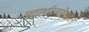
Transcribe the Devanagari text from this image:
पदार्थालादेखील